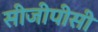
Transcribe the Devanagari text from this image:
सीजीपीसी